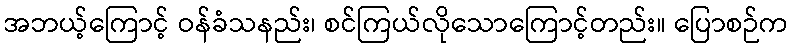
အဘယ့်ကြောင့် ဝန်ခံသနည်း၊ စင်ကြယ်လိုသောကြောင့်တည်း။ ပြောစဉ်က